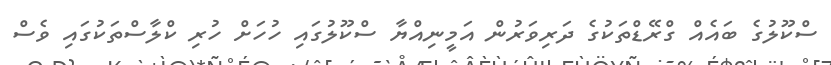
ސްކޫލުގެ ބައެއް ގްރޭޑްތަކުގެ ދަރިވަރުން އަމީނިއްޔާ ސްކޫލުގައި ހުހަށް ހުރި ކްލާސްތަކުގައި ވެސް